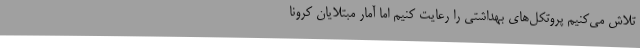
تلاش می‌کنیم پروتکل‌های بهداشتی را رعایت کنیم اما آمار مبتلایان کرونا